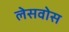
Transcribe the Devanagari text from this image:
लेसवोस